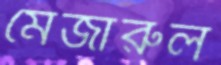
মেজারুল